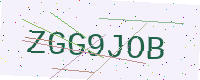
Text: ZGG9JOB